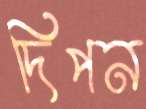
দিপন